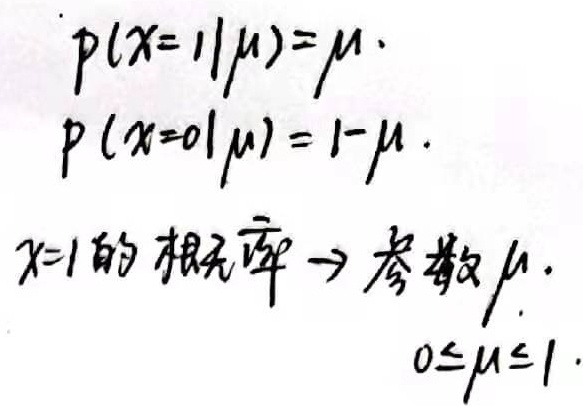
\[\begin{align*}
p(x = 1|\mu)&=\mu\\
p(x = 0|\mu)&= 1 - \mu
\end{align*}\]
\(x = 1\)的概率\(\to\)参数\(\mu\)，\(0\leq\mu\leq1\)。